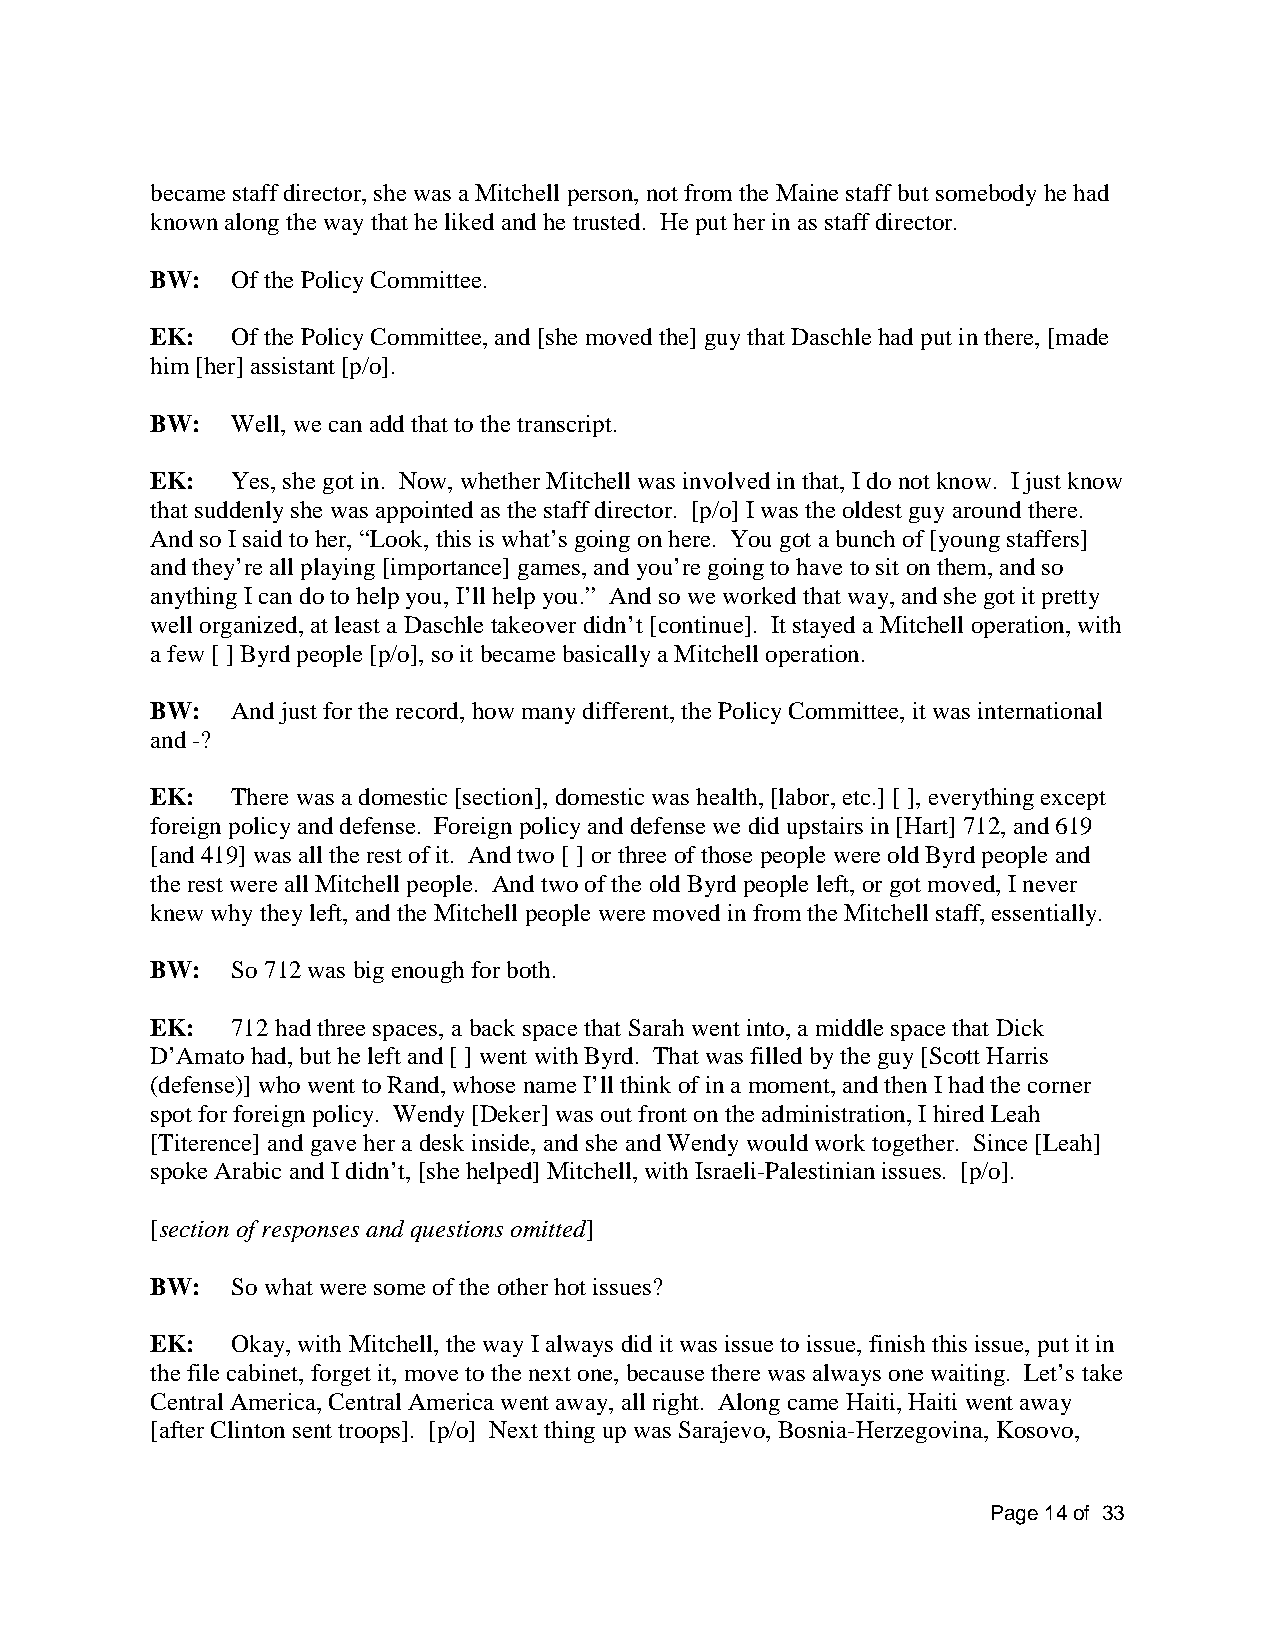
became staff director, she was a Mitchell person, not from the Maine staff but somebody he had
 known along the way that he liked and he trusted. He put her in as staff director.
 BW:  Of the Policy Committee.
 EK:  Of the Policy Committee, and [she moved the] guy that Daschle had put in there, [made
 him [her] assistant [p/o].
 BW:  Well, we can add that to the transcript.
 EK:  Yes, she got in. Now, whether Mitchell was involved in that, I do not know. I just know
 that suddenly she was appointed as the staff director. [p/o] I was the oldest guy around there.
 And so I said to her, “Look, this is what’s going on here. You got a bunch of [young staffers]
 and they’re all playing [importance] games, and you’re going to have to sit on them, and so
 anything I can do to help you, I’ll help you.” And so we worked that way, and she got it pretty
 well organized, at least a Daschle takeover didn’t [continue]. It stayed a Mitchell operation, with
 a few [ ] Byrd people [p/o], so it became basically a Mitchell operation.
 BW:  And just for the record, how many different, the Policy Committee, it was international
 and -?
 EK:  There was a domestic [section], domestic was health, [labor, etc.] [ ], everything except
 foreign policy and defense. Foreign policy and defense we did upstairs in [Hart] 712, and 619
 [and 419] was all the rest of it. And two [ ] or three of those people were old Byrd people and
 the rest were all Mitchell people. And two of the old Byrd people left, or got moved, I never
 knew why they left, and the Mitchell people were moved in from the Mitchell staff, essentially.
 BW:  So 712 was big enough for both.
 EK:  712 had three spaces, a back space that Sarah went into, a middle space that Dick
 D’Amato had, but he left and [ ] went with Byrd. That was filled by the guy [Scott Harris
 (defense)] who went to Rand, whose name I’ll think of in a moment, and then I had the corner
 spot for foreign policy. Wendy [Deker] was out front on the administration, I hired Leah
 [Titerence] and gave her a desk inside, and she and Wendy would work together. Since [Leah]
 spoke Arabic and I didn’t, [she helped] Mitchell, with Israeli-Palestinian issues. [p/o].
 [section of responses and questions omitted]
 BW:  So what were some of the other hot issues?
 EK:  Okay, with Mitchell, the way I always did it was issue to issue, finish this issue, put it in
 the file cabinet, forget it, move to the next one, because there was always one waiting. Let’s take
 Central America, Central America went away, all right. Along came Haiti, Haiti went away
 [after Clinton sent troops]. [p/o] Next thing up was Sarajevo, Bosnia-Herzegovina, Kosovo,
 Page 14 of 33